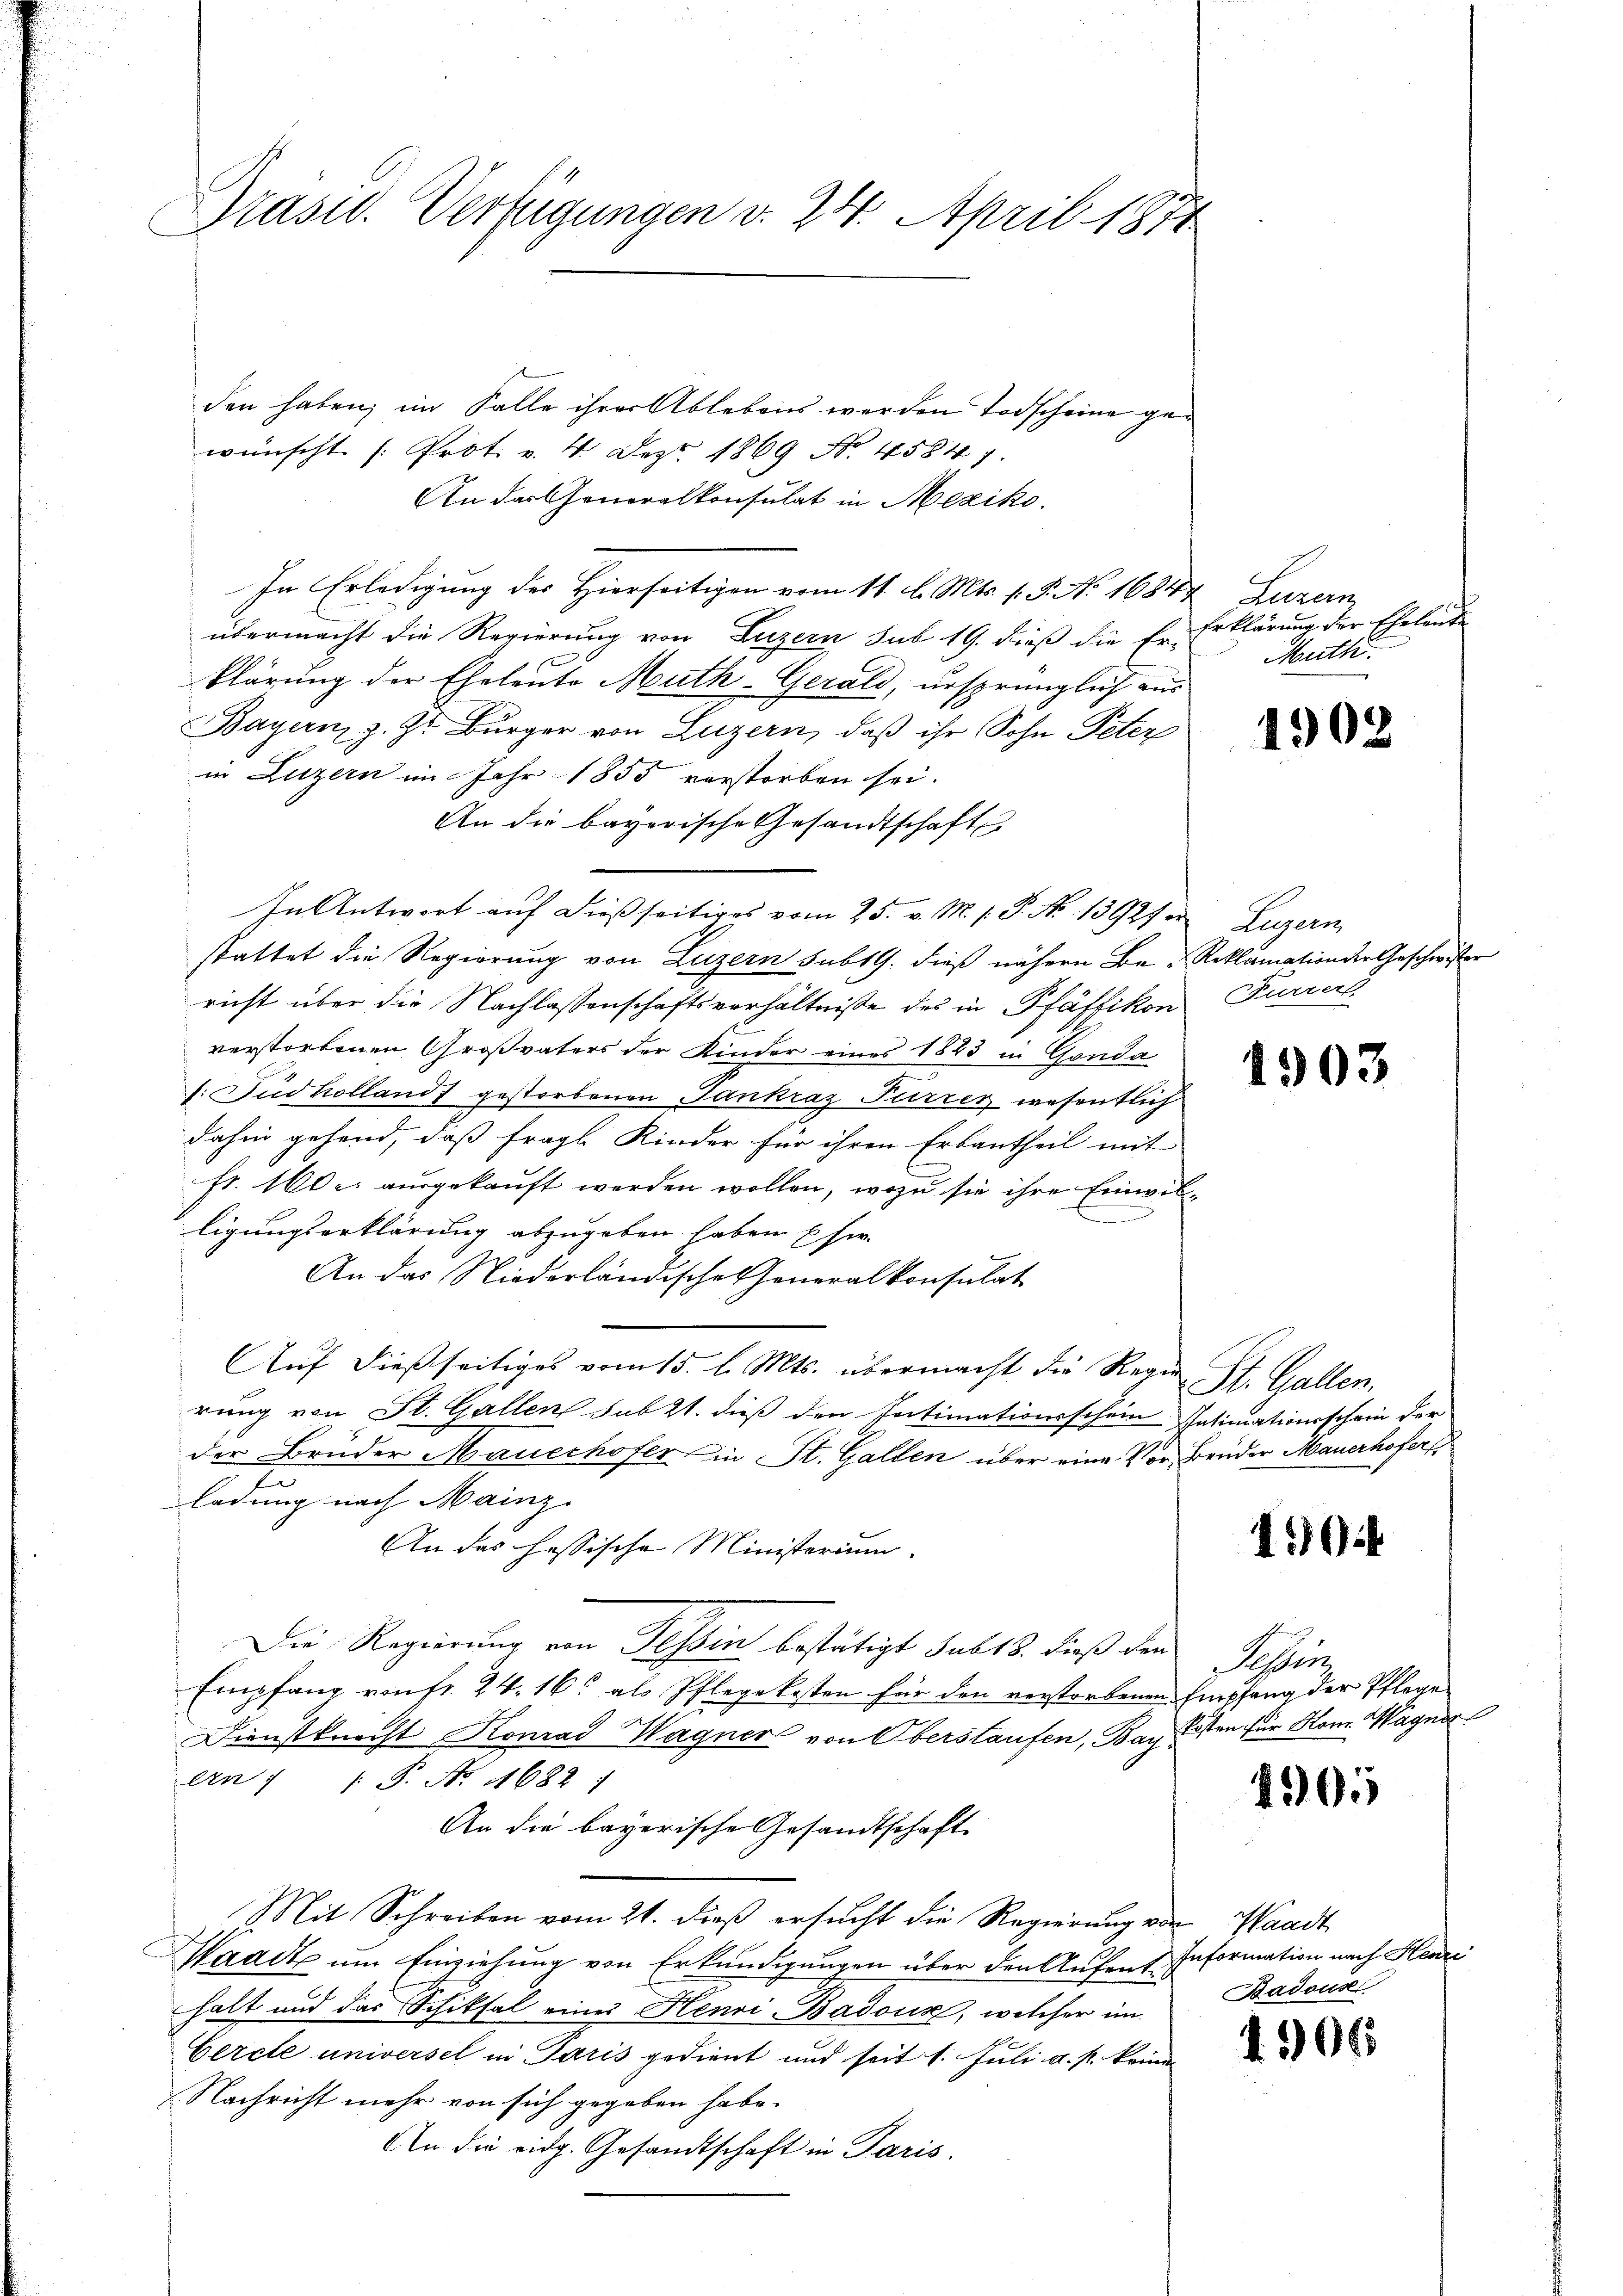
Präsid. Verfügungen v. 24. April 1874

den haben; im Falle ihrer Ablebens werden Todscheine gewünscht (Prot. v. 4. Dez. 1869 No. 45847.
An der Generalkonsulat in Meziko
In Erledigung des Hierseitigen vom 11. l. Mts. v. 5. No 16844, Luzern
übermacht die Regierung von Luzern sub 19. dieß die Er-
klärung der Eheleute Muth-Gerald, ursprünglich aus
Bayern z. Z. Bürger von Luzern, daß ihr Sohn Peter
in Luzern im Jahr 1855 vorstorben sei.
An die bayorische Gesandtschaft
In Antwort auf dießseitiges vom 25. v. M. h. P. No 13927 in Luzern
stattet die Regierung von Luzern subt G. dieß nähern Be- Reklamation der Geschwister
richt über die Nachlassenschaftsverhältnisse des in Pfäffikon Furrers
verstorbenen Großvaters der Kinder eines 1823 in Gonda
1: Judholland gestorbenen Gankraz Furrez wesentlich
dahin gehend, daß fragl. Kinder für ihren Erbantheil mit
fr. 1600 ausgekauft werden wollen, wozu sie ihre Einwile
ligungserklärung abzugeben haben Eher
An das Niederländische Generalkonsulat
Auf dießseitiges vom 15. l. Mts. übermacht die Regie
rung von St. Gallen sub 21. dieß den Intimationsschein Intimationsschein der
der Brüder Mauerhofer in St. Gallen über eine Vor Brüder Mauerhofers
ladung nach Mainz
An das hessische Ministerium.
Die Regierung von Tessin bestätigt sub 13. dieß den
Empfang von fr. 24. 16. als Pflegekosten für den verstorbenen Empfang der Pflege
Dienstknecht Konrad Wagner von Oberstaufen, Bay Kosten für Hon Wagner
An 1 S. Nr. 4682
An die bayerische Gesandtschaft
Mit Schreiben vom 21. dieß ersucht die Regierung von Waadt
Waadt um Einziehung von Erkundigungen über den Aufentes
halt und das Schiksal einer Henri Badoux, welcher im
Cercle universel in Paris gedient und seit 1. Juli a. p. keine
Nachricht mehr von sich gegeben habe.
An die eidg. Gesandtschaft in Paris.

Erklärung der Eheleute
Muth.

1908

1903

St. Gallen.

1594

Reter

1505

Information nach Henri
Badous

1. 306